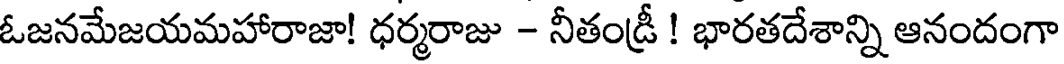
ఓజనమేజయమహారాజా! ధర్మరాజు - నీతండ్రీ ! భారతదేశాన్ని ఆనందంగా